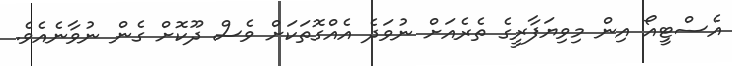
އެސްޓީއޯ އިން މިވިޔަފާރީގެ ތެރެއަށް ނުވަދެ އެއްގޮތަކަށް ވެސް ދޫކޮށް ގެން ނުވާނެއެވެ.